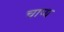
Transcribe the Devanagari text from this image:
चाप्य